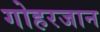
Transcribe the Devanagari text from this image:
गोहरजान